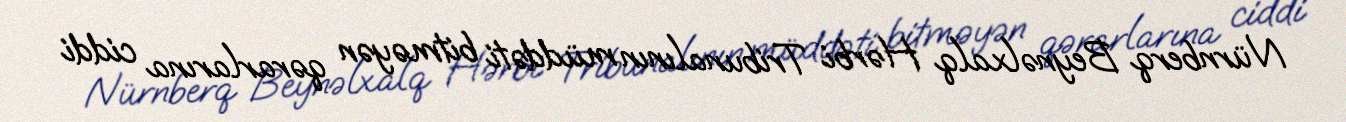
Nürnberq Beynəlxalq Hərbi Tribunalının müddəti bitməyən qərarlarına ciddi